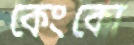
কেংকো